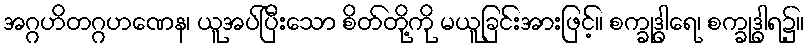
အဂ္ဂဟိတဂ္ဂဟဏေန၊ ယူအပ်ပြီးသော စိတ်တို့ကို မယူခြင်းအားဖြင့်။ စက္ခုဒွါရေ၊ စက္ခုဒွါရ၌။